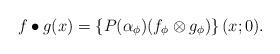
LaTeX: \begin{align*}f\bullet g(x)= \left\{P(\alpha_\phi)(f_\phi\otimes g_\phi)\right\}(x;0).\end{align*}